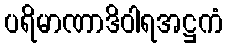
ပရိမာဏာဒိဝါရအဋ္ဌကံ